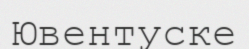
Ювентуске